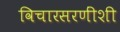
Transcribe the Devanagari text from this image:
विचारसरणींशी